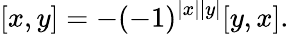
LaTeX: [x,y]=-(-1)^{|x||y|}[y,x].